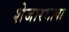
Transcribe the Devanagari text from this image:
शेजारभाषा